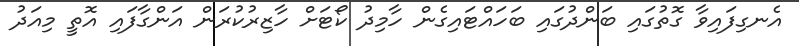
އެނގިފައިވާ ގޮތުގައި ބަންދުގައި ބަހައްޓައިގެން ހާމިދު ކޯޓަށް ހާޒިރުކުރަން އަންގާފައި އޮތީ މިއަދު